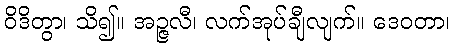
ဝိဒိတွာ၊ သိ၍။ အဉ္ဇလီ၊ လက်အုပ်ချီလျက်။ ဒေဝတာ၊